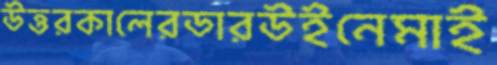
উত্তরকালেরডারউইনেমাই